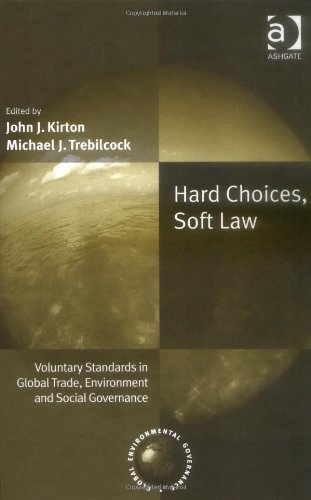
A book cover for Hard Choices, Soft Law: Voluntary Standards In Global Trade, Environment And Social Governance (Global Environmental Governance); Law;